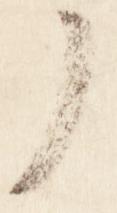
了